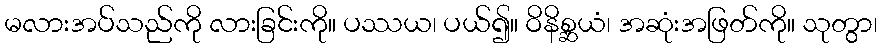
မလားအပ်သည်ကို လားခြင်းကို။ ပဿယ၊ ပယ်၍။ ဝိနိစ္ဆယံ၊ အဆုံးအဖြတ်ကို။ သုတွာ၊